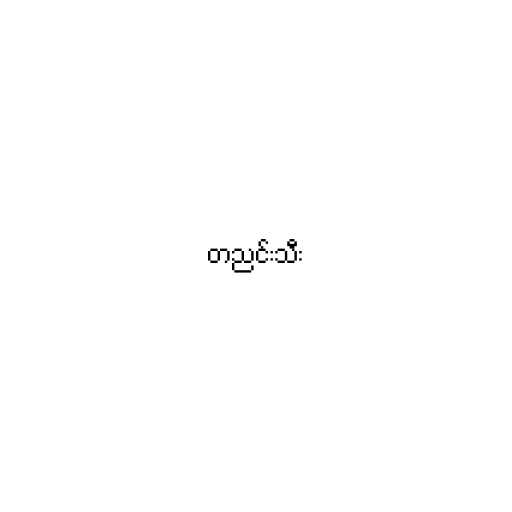
တညင်းသီး